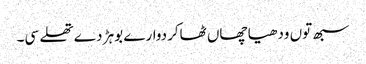
سبھ توں ودھیا چھاں ٹھاکردوارے بوہڑ دے تھلے سی۔